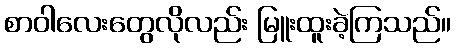
စာဝါလေးတွေလိုလည်း မြူးထူးခဲ့ကြသည်။